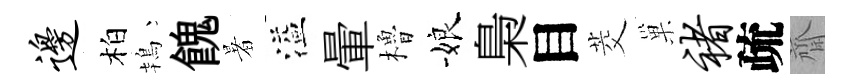
边柏鴇餽暑溢暈櫓娘梟目茭巢褚疏齋